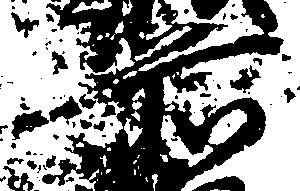
前